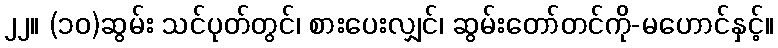
၂၂။ (၁၀)ဆွမ်း သင်ပုတ်တွင်၊ စားပေးလျှင်၊ ဆွမ်းတော်တင်ကို-မဟောင်နှင့်။